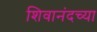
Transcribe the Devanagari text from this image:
शिवानंदच्या